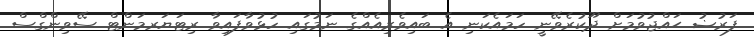
ފަރުޟު ޙައްޖުވުމަށް ދޫކުރެވޭނީ ހަމައެކަނި އެ ބައިވެރިއެއްގެ ނަމުގައި ހުޅުވާފައިވާ ރިޓަޔަރމަންޓް ސޭވިންގްސް